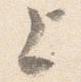
上